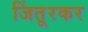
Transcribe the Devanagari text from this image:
जिंतूरकर